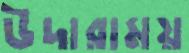
উদারাময়